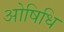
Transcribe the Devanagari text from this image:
ओषिधि